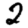
Digit: 2